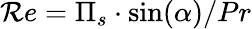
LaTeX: \mathcal{R}e=\Pi_{s}\cdot\sin(\alpha)/Pr